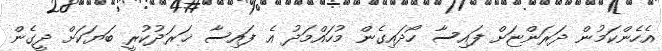
އެހެންކަމުން ދަރަންޏަށް ފައިސާ ހޯދައިގެން މުހައްމަދު އެ ފައިސާ ޚަރަދުކުރީ ބަޔަކަށް ދީގެން